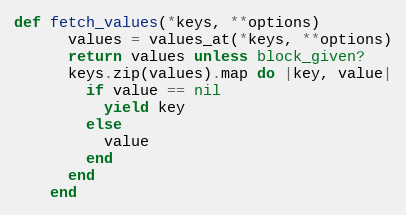
Language: Ruby
def fetch_values(*keys, **options)
      values = values_at(*keys, **options)
      return values unless block_given?
      keys.zip(values).map do |key, value|
        if value == nil
          yield key
        else
          value
        end
      end
    end